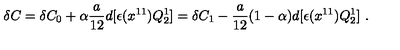
\delta C = \delta C _ { 0 } + \alpha { \frac { a } { 1 2 } } d [ \epsilon ( x ^ { 1 1 } ) Q _ { 2 } ^ { 1 } ] = \delta C _ { 1 } - { \frac { a } { 1 2 } } ( 1 - \alpha ) d [ \epsilon ( x ^ { 1 1 } ) Q _ { 2 } ^ { 1 } ] \ .